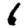
Digit: 6